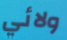
ولائي